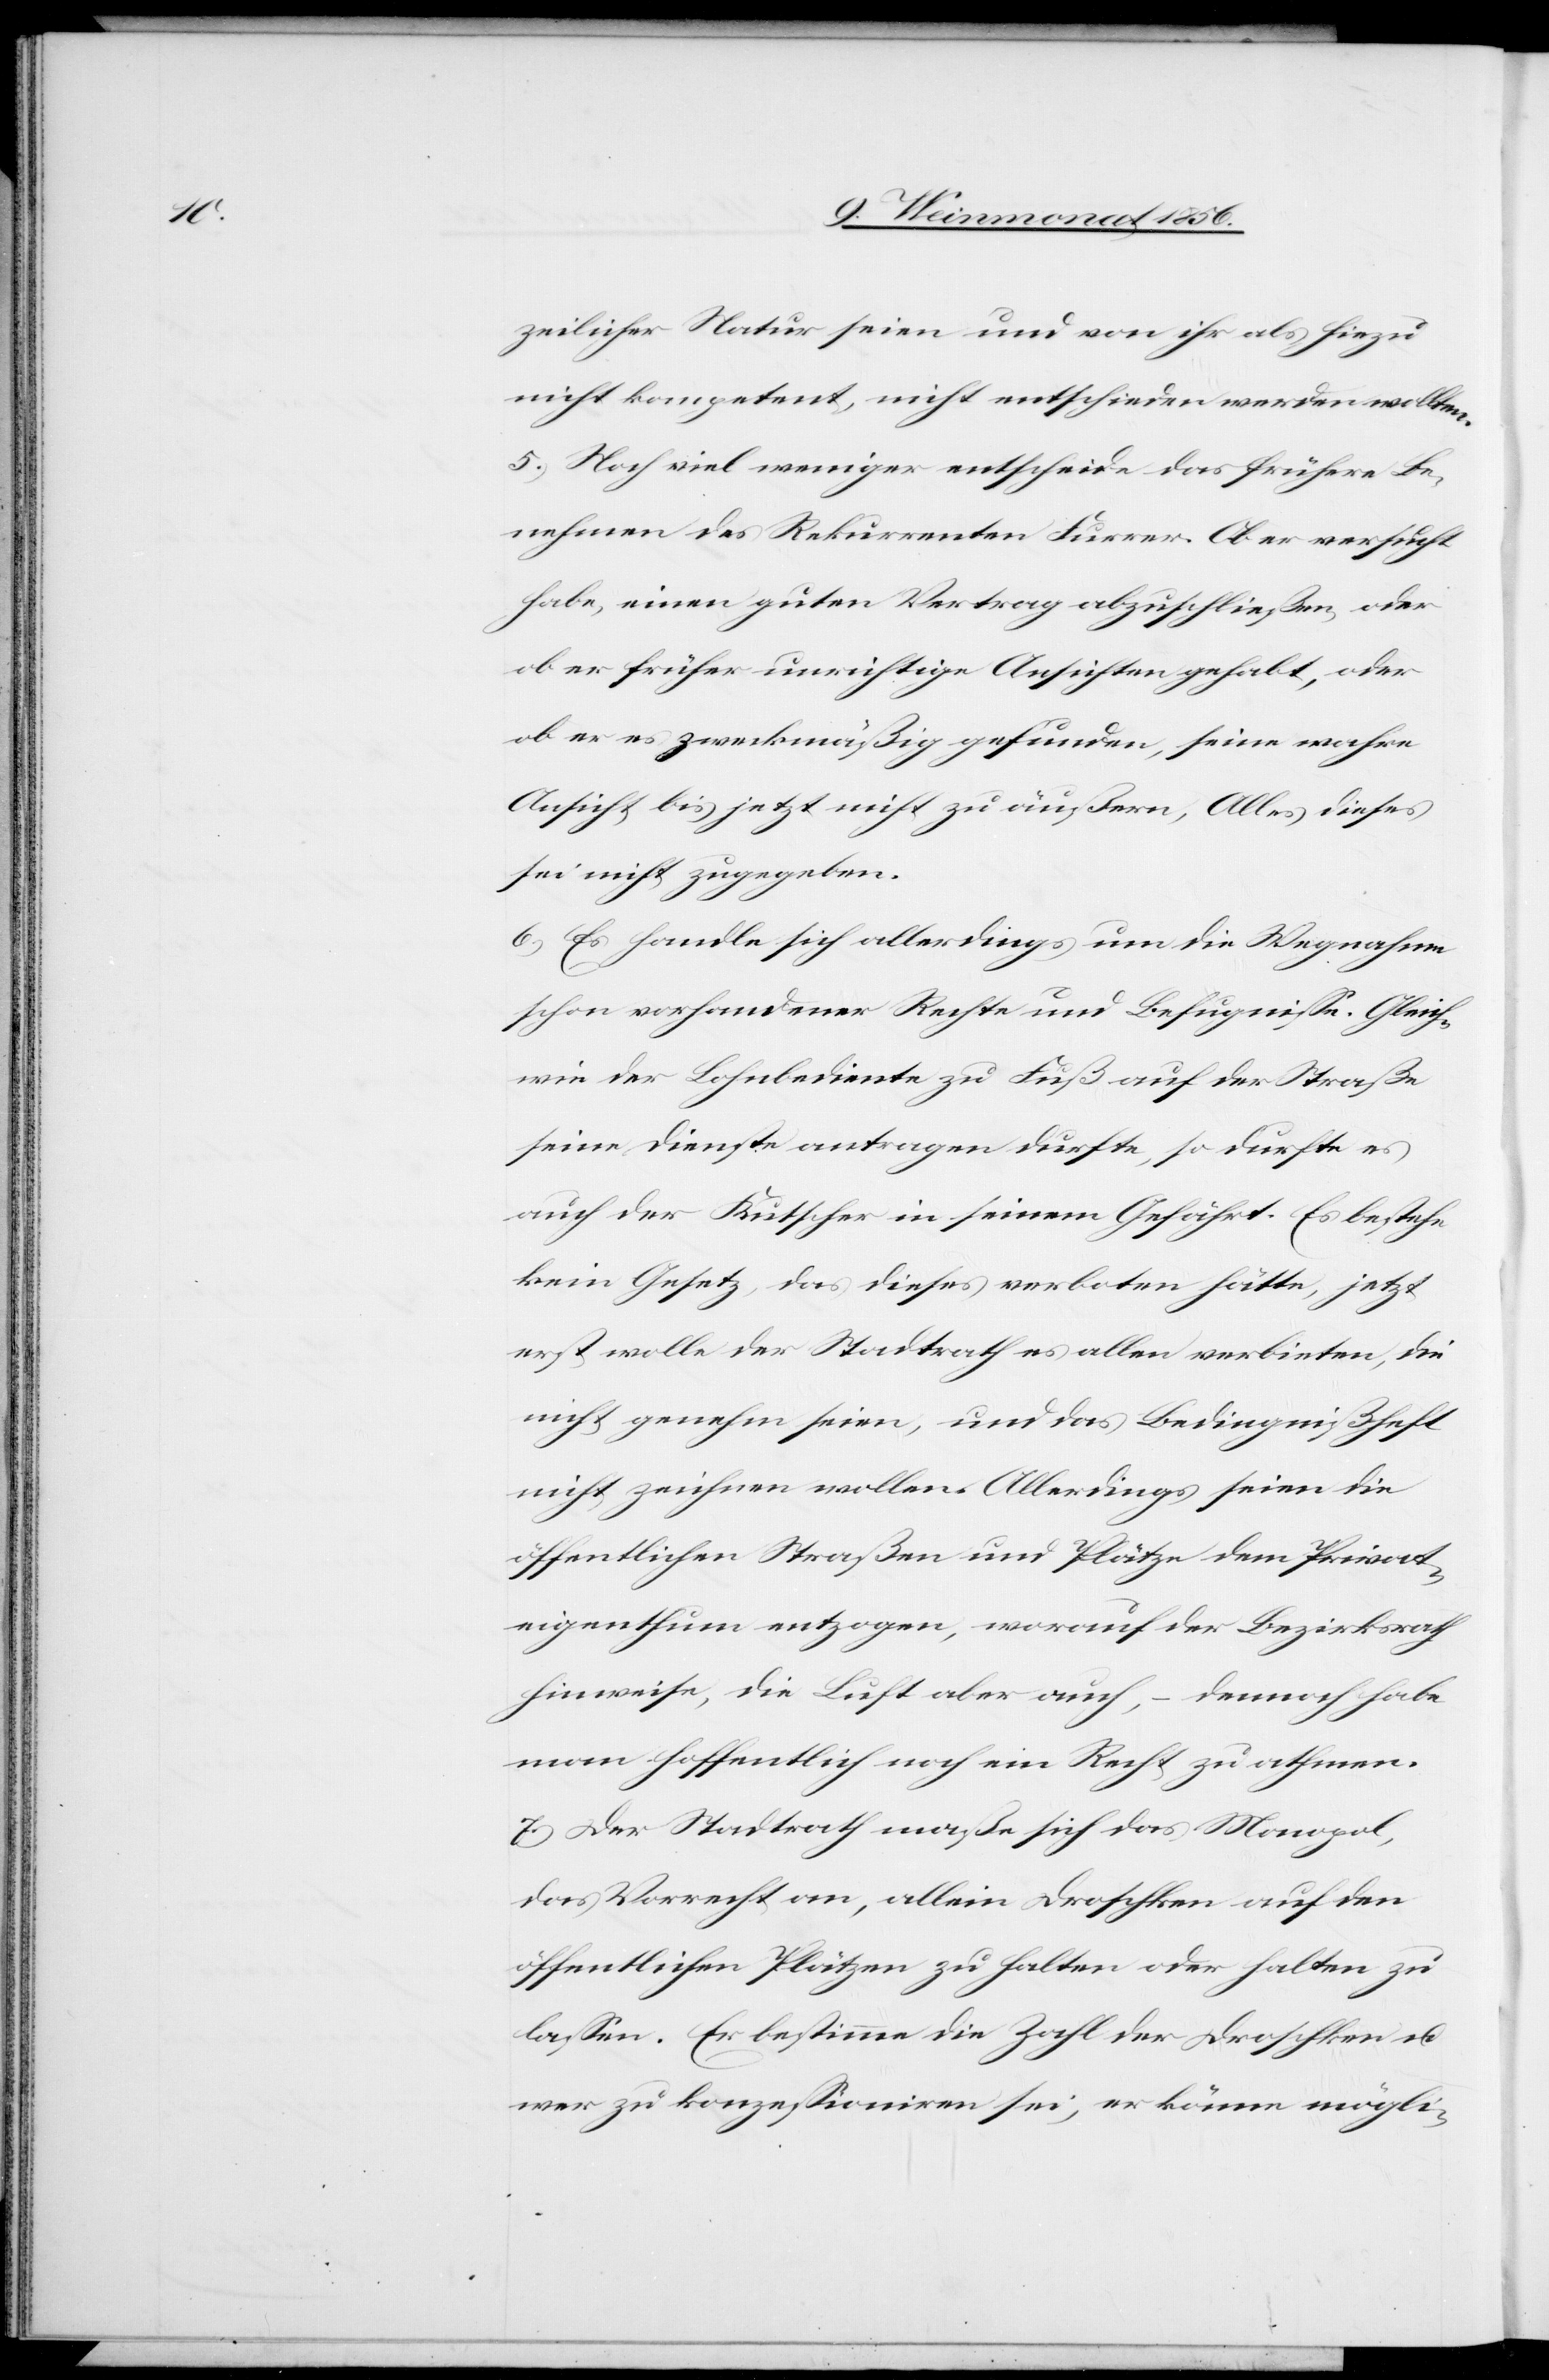
zeilicher Natur seien und von ihr als hiezu
nicht kompetent, nicht entschieden werden wollten.
5.) Noch viel weniger entscheide das frühere Be¬
nehmen des Rekurrenten Furrer. Ob er versucht
habe, einen guten Vertrag abzuschließen, oder
ob er früher unrichtige Ansichten gehabt, oder
ob er es zweckmäßig gefunden, seine wahre
Ansicht bis jetzt nicht zu äußern, Alles dieses
sei nicht zugegeben.
6.) Es handle sich allerdings um die Wegnahme
schon vorhandener Rechte und Befugnisse. Gleich
wie der Lohnbediente zu Fuß auf der Straße
seine Dienste antragen durfte, so durfte es
auch der Kutscher in seinem Gefährt. Es bestehe
kein Gesetz, das dieses verboten hätte, jetzt
erst wolle der Stadtrath es allen verbieten, die
nicht genehm seien, und das Bedingnißheft
nicht zeichnen wollen. Allerdings seien die
öffentlichen Straßen und Plätze dem Privat¬
eigenthum entzogen, worauf der Bezirksrath
hinweise, die Luft aber auch, – dennoch habe
man hoffentlich noch ein Recht zu athmen.
7.) Der Stadtrath maße sich das Monopol,
das Vorrecht an, allein Droschken auf den
öffentlichen Plätzen zu halten oder halten zu
lassen. Er bestimme die Zahl der Droschken u.
wer zu konzessioniren sei, er könne mögli-